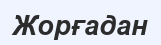
Жорғадан